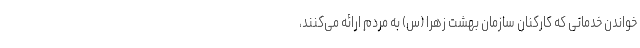
خواندن خدماتی که کارکنان سازمان بهشت زهرا (س) به مردم ارائه می‌کنند،